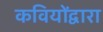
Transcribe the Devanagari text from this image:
कवियोंद्वारा